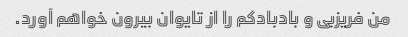
من فریزبی و بادبادکم را از تایوان بیرون خواهم آورد.